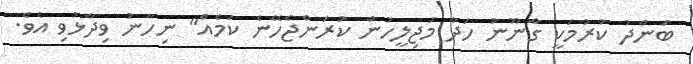
ބަންދު ކުރުމަކީ ގާނޫނު ހަދާ މަޖިލީހުން ކުރަންޖެހޭނެ ކަމެއް" ނިހާނު ވިދާޅުވި އެވެ.